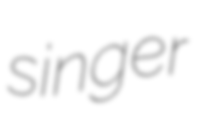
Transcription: singer